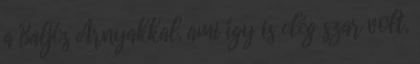
a Baljós Árnyakkal, ami így is elég szar volt,